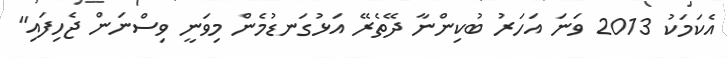
އެކަމަކު 2013 ވަނަ އަހަރު ބުކިންނާ ދޭތެރޭ އަޅުގަނޑުމެން މިވަނީ ވިސްނަން ޖެހިފައި"